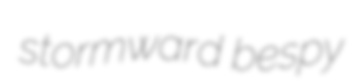
stormward bespy